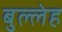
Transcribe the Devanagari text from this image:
बुल्लेह